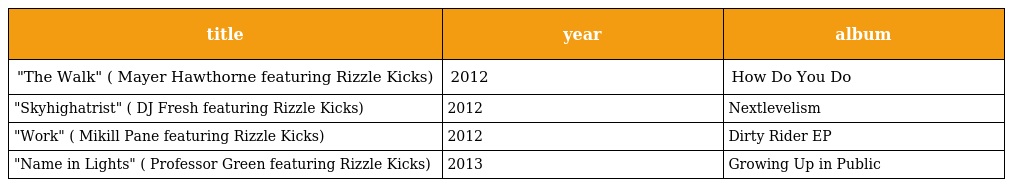
| title | year | album |
 | --- | --- | --- |
 | "The Walk" ( Mayer Hawthorne featuring Rizzle Kicks) | 2012 | How Do You Do |
 | "Skyhighatrist" ( DJ Fresh featuring Rizzle Kicks) | 2012 | Nextlevelism |
 | "Work" ( Mikill Pane featuring Rizzle Kicks) | 2012 | Dirty Rider EP |
 | "Name in Lights" ( Professor Green featuring Rizzle Kicks) | 2013 | Growing Up in Public |